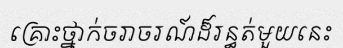
គ្រោះថ្នាក់ចរាចរណ៍ដ៏រន្ធត់មួយនេះ